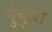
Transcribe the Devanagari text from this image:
गुंचुवा